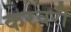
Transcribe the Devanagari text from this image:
करवरी